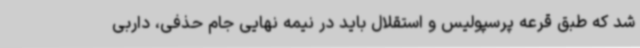
شد که طبق قرعه پرسپولیس و استقلال باید در نیمه نهایی جام حذفی، داربی